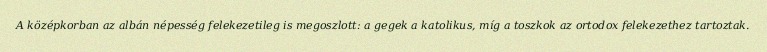
A középkorban az albán népesség felekezetileg is megoszlott: a gegek a katolikus, míg a toszkok az ortodox felekezethez tartoztak.